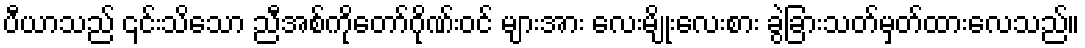
ပီယာသည် ၎င်းသိသော ညီအစ်ကိုတော်ဂိုဏ်းဝင် များအား လေးမျိုးလေးစား ခွဲခြားသတ်မှတ်ထားလေသည်။